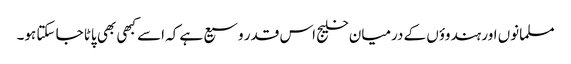
مسلمانوں اور ہندوؤں کے درمیان خلیج اس قدر وسیع ہے کہ اسے کبھی بھی پاٹا جا سکتا ہو۔